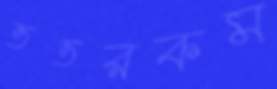
ততরকম